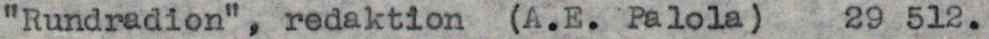
"Rundradion", redaktion (A.E. Palola) 29 512.